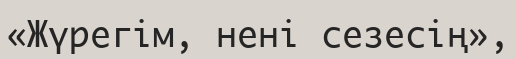
«Жүрегім, нені сезесің»,